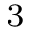
_ 3